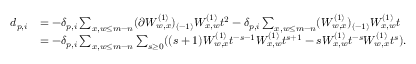
\begin{array} { r l } { d _ { p , i } } & { = - \delta _ { p , i } \sum _ { x , w \leq m - n } ( \partial W _ { w , x } ^ { ( 1 ) } ) _ { ( - 1 ) } W _ { x , w } ^ { ( 1 ) } t ^ { 2 } - \delta _ { p , i } \sum _ { x , w \leq m - n } ( W _ { w , x } ^ { ( 1 ) } ) _ { ( - 1 ) } W _ { x , w } ^ { ( 1 ) } t } \\ & { = - \delta _ { p , i } \sum _ { x , w \leq m - n } \sum _ { s \geq 0 } ( ( s + 1 ) W _ { w , x } ^ { ( 1 ) } t ^ { - s - 1 } W _ { x , w } ^ { ( 1 ) } t ^ { s + 1 } - s W _ { x , w } ^ { ( 1 ) } t ^ { - s } W _ { w , x } ^ { ( 1 ) } t ^ { s } ) . } \end{array}